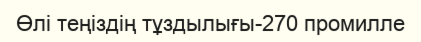
Өлі теңіздің тұздылығы-270 промилле